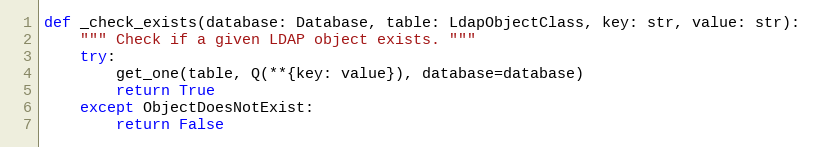
Language: Python
def _check_exists(database: Database, table: LdapObjectClass, key: str, value: str):
    """ Check if a given LDAP object exists. """
    try:
        get_one(table, Q(**{key: value}), database=database)
        return True
    except ObjectDoesNotExist:
        return False